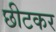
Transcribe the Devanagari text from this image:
छीटकर